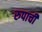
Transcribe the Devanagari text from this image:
रुपाची